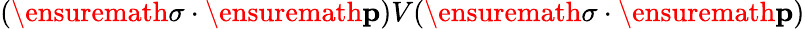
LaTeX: (\ensuremath{\mathbf{\sigma}}\cdot\ensuremath{\mathbf{p}})V(\ensuremath{\mathbf{\sigma}}\cdot\ensuremath{\mathbf{p}})